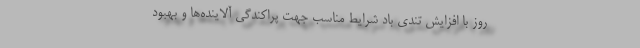
روز با افزایش تندی باد شرایط مناسب جهت پراکندگی آلاینده‌ها و بهبود